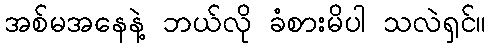
အစ်မအနေနဲ့ ဘယ်လို ခံစားမိပါ သလဲရှင်။